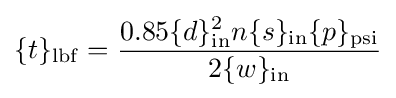
\{t\}_{\mathrm {lbf} }={\frac {0.85\{d\}_{\mathrm {in} }^{2}n\{s\}_{\mathrm {in} }\{p\}_{\mathrm {psi} }}{2\{w\}_{\mathrm {in} }}}